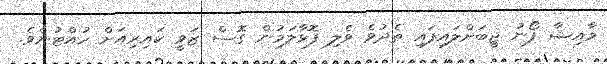
މާއިޝާ ފޯނު ޖީބަށްލައިފައި ތެދުވެ ވެލި ފޮޅާލަމުން ގޮސް ޒަވީ ކައިރިއަށް ހުއްޓުނެވެ.